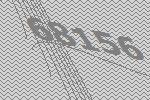
68156